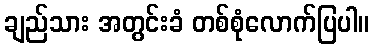
ချည်သား အတွင်းခံ တစ်စုံလောက်ပြပါ။